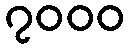
၇၀၀၀